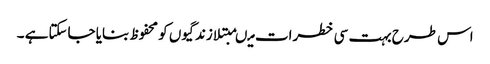
اس طرح بہت سی خطرات میںمبتلا زندگیوں کو محفوظ بنایا جاسکتاہے ۔